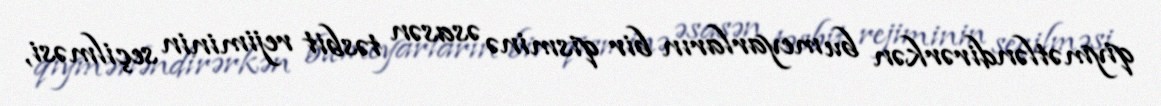
qiymətləndirərkən bu meyarların bir qisminə əsasən təsbit rejiminin seçilməsi,